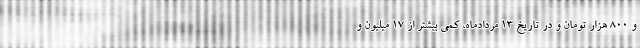
و ۸۰۰ هزار تومان و در تاریخ ۱۳ مردادماه، کمی بیشتر از ۱۷ میلیون و